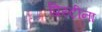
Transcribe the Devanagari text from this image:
प्रिस्टीना